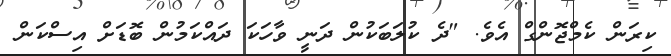
ކިރަން ކެމްޖޮންގް އެވެ. "ދެ ކުލަބަކުން ދަނީ ވާހަކަ ދައްކަމުން ބޮޑަށް އިސްކަން